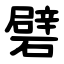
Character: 礕